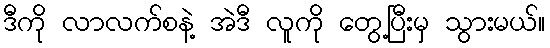
ဒီကို လာလက်စနဲ့ အဲဒီ လူကို တွေ့ပြီးမှ သွားမယ်။